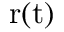
\mathrm { r ( t ) }